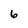
Character: 6